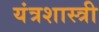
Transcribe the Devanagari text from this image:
यंत्रशास्त्री